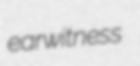
earwitness